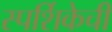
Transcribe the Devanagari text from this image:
स्पर्शिकेची